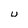
Character: U